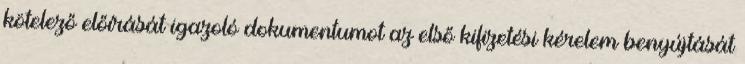
kötelező előírását igazoló dokumentumot az első kifizetési kérelem benyújtását